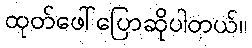
ထုတ်ဖေါ်ပြောဆိုပါတယ်။